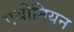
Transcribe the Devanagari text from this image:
एथीनियन